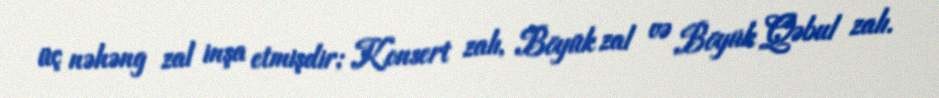
üç nəhəng zal inşa etmişdir; Konsert zalı, Böyük zal və Böyük Qəbul zalı.